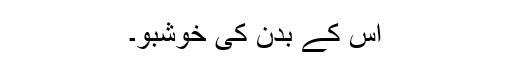
اس کے بدن کی خوشبو۔